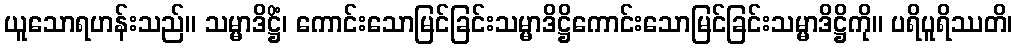
ယူသောရဟန်းသည်။ သမ္မာဒိဋ္ဌိံ၊ ကောင်းသောမြင်ခြင်းသမ္မာဒိဋ္ဌိကောင်းသောမြင်ခြင်းသမ္မာဒိဋ္ဌိကို။ ပရိပူရိဿတိ၊